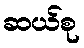
ဆယ်စု